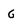
Character: G